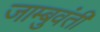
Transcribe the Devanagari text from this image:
जाम्बुवंती